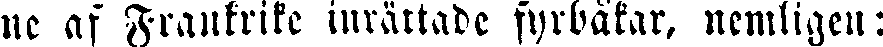
ne af Frankrike inrättade fyrbåtar, nemligen: